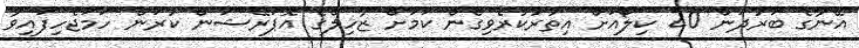
އޭނާގެ ބަރުދަން 20 ކިލޯއަށް އިތުރުކުރެވިގެން ކަމަށް ޒާހިލްގެ އޮޕަރޭޝަން ކުރަން ހަމަޖެހިފައިވާ